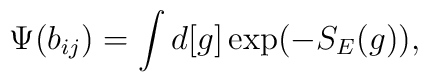
\Psi(b_{ij}) = \int d[g] \exp(-S_{E}(g)),